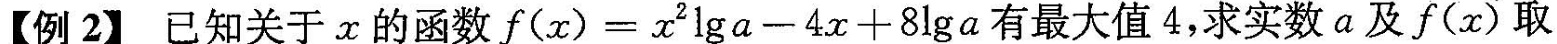
【例2】已知关于x的函数$$f ( x ) = x ^ { 2 } \lg a - 4 x + 8 \lg a$$有最大值4，求实数a及f(x)取